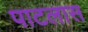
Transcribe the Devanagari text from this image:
पाटलास